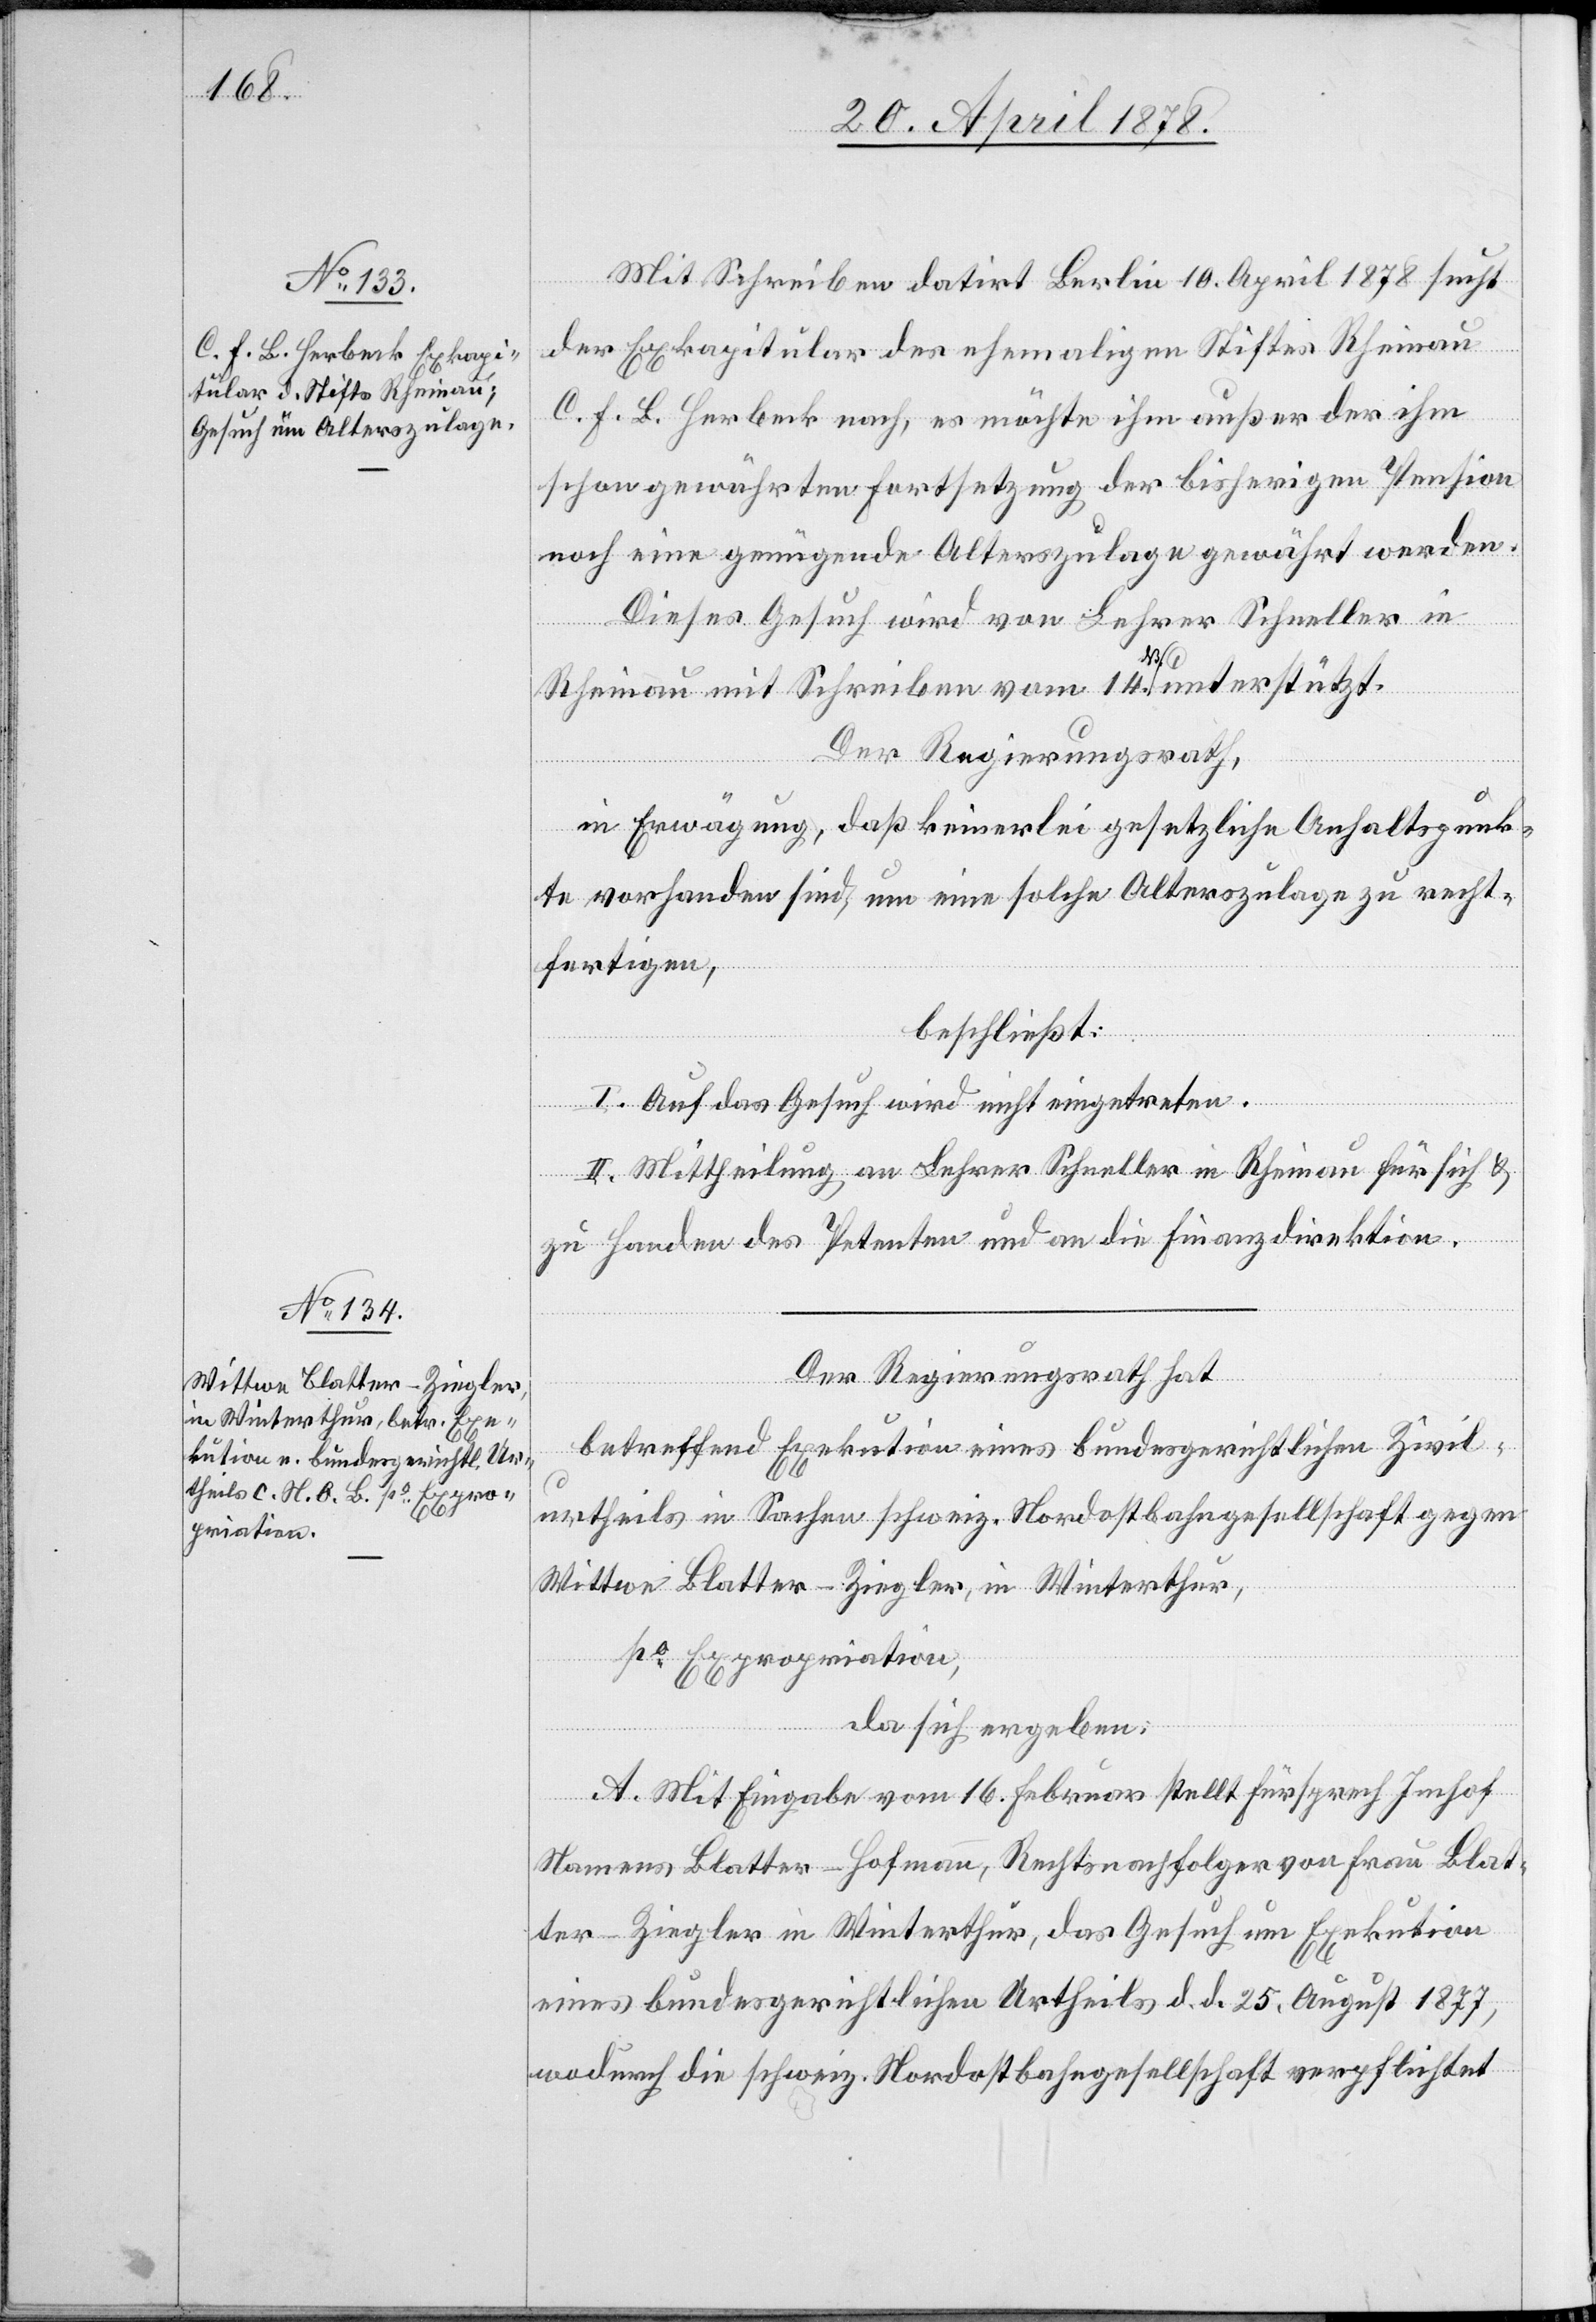
Mit Schreiben datirt Berlin 10. April 1878 sucht
der Exkapitular des ehemaligen Stiftes Rheinau
C. F. B. Herbeck nach, es möchte ihm außer der ihm
schon gewährten Fortsetzung der bisherigen Pension
noch eine genügende Alterszulage gewährt werden.
Dieses Gesuch wird von Lehrer Schneller in
Rheinau mit Schreiben vom 14.dß unterstützt.
Der Regierungsrath,
in Erwägung, daß keinerlei gesetzliche Anhaltspunk¬
te vorhanden sind, um eine solche Alterszulage zu recht¬
fertigen,
beschließt:
I. Auf das Gesuch wird nicht eingetreten.
II. Mittheilung an Lehrer Schneller in Rheinau für sich &
zu Handen des Petenten und an die Finanzdirektion.
Der Regierungsrath hat
betreffend Exekution eines bundesgerichtlichen Zivil¬
urtheils in Sachen schweiz. Nordostbahngesellschaft gegen
Wittwe Blatter-Ziegler, in Winterthur,
po Expropriation,
da sich ergeben:
A. Mit Eingabe vom 16. Februar stellt Fürsprech Imhof
Namens Blatter-Hofmann, Rechtsnachfolger von Frau Blat¬
ter-Ziegler in Winterthur, das Gesuch um Exekution
eines bundesgerichtlichen Urtheils d. d. 25. August 1877,
wodurch die schweiz. Nordostbahngesellschaft verpflichtet